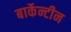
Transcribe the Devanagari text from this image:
बार्केन्टीन